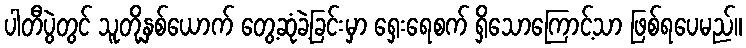
ပါတီပွဲတွင် သူတို့နှစ်ယောက် တွေ့ဆုံခဲ့ခြင်းမှာ ရှေးရေစက် ရှိသောကြောင့်သာ ဖြစ်ရပေမည်။